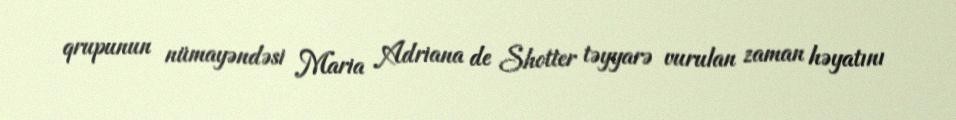
qrupunun nümayəndəsi Maria Adriana de Shotter təyyarə vurulan zaman həyatını